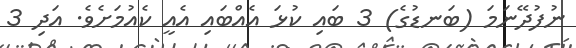
ނުފުދޭނަމަ (ބަނޑުގެ) 3 ބައި ކުޅަ އެއްބައި އެއީ ކެއުމަށެވެ. އަދި 3